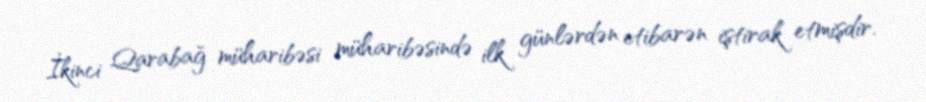
İkinci Qarabağ müharibəsi müharibəsində ilk günlərdən etibarən iştirak etmişdir.